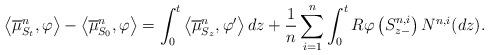
LaTeX: \begin{align*}\left< \overline{\mu}^{n}_{S_{t}} , \varphi \right> - \left< \overline{\mu}^{n}_{S_{0}} , \varphi \right> = \int_{0}^{t} \left<\overline{\mu}^{n}_{S_{z}} , \varphi'\right> dz + \frac{1}{n} \sum_{i=1}^{n} \int_{0}^{t} R\varphi\left(S^{n,i}_{z-}\right) N^{n,i}(dz).\end{align*}